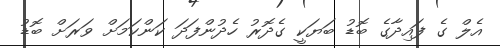
އެލް ގެ ފައިދާގެ ބޮޑު ބަޔަކީ ގެދޮރު ހެދުންފަދަ ކަންކަމަށް ވަރަށް ބޮޑު